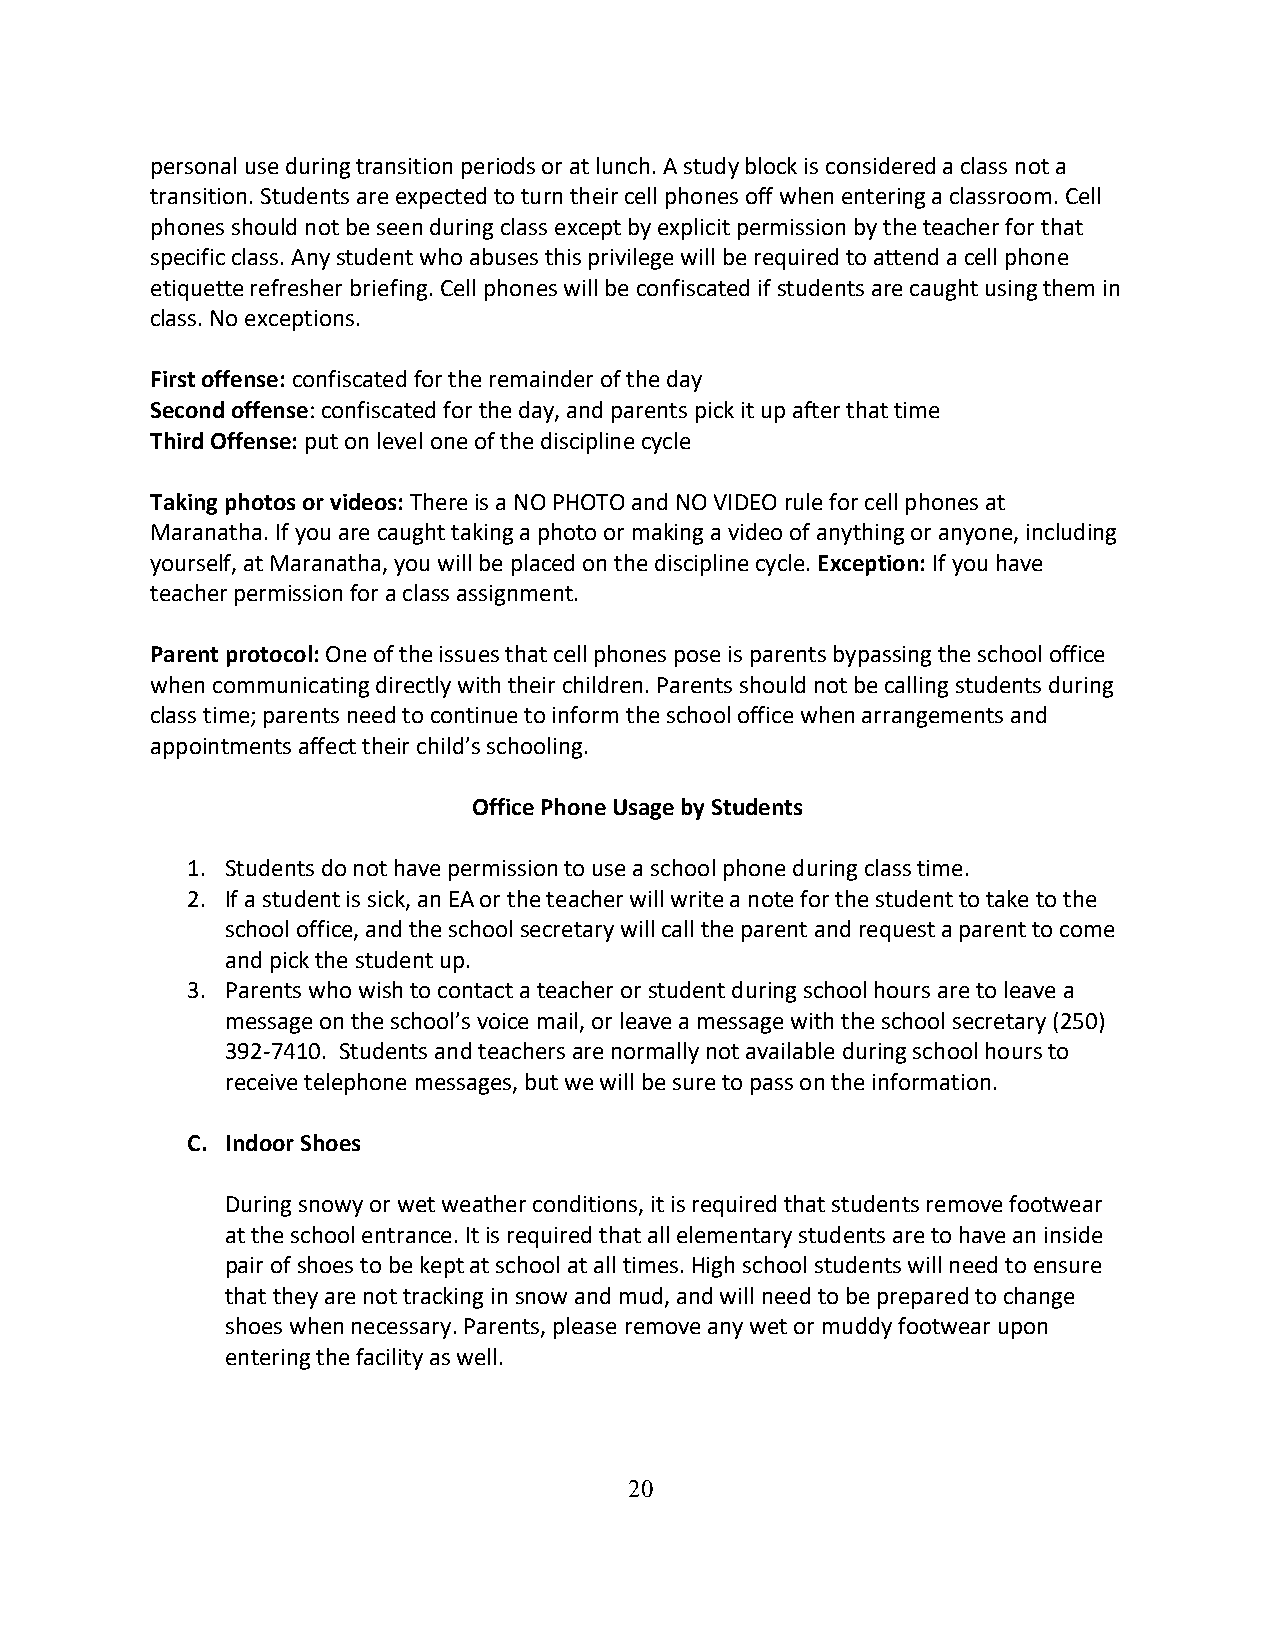
personal use during transition periods or at lunch. A study block is considered a class not a
 transition. Students are expected to turn their cell phones off when entering a classroom. Cell
 phones should not be seen during class except by explicit permission by the teacher for that
 specific class. Any student who abuses this privilege will be required to attend a cell phone
 etiquette refresher briefing. Cell phones will be confiscated if students are caught using them in
 class. No exceptions.
 First offense: confiscated for the remainder of the day
 Second offense: confiscated for the day, and parents pick it up after that time
 Third Offense: put on level one of the discipline cycle
 Taking photos or videos: There is a NO PHOTO and NO VIDEO rule for cell phones at
 Maranatha. If you are caught taking a photo or making a video of anything or anyone, including
 yourself, at Maranatha, you will be placed on the discipline cycle. Exception: If you have
 teacher permission for a class assignment.
 Parent protocol: One of the issues that cell phones pose is parents bypassing the school office
 when communicating directly with their children. Parents should not be calling students during
 class time; parents need to continue to inform the school office when arrangements and
 appointments affect their child’s schooling.
 Office Phone Usage by Students
 1. Students do not have permission to use a school phone during class time.
 2. If a student is sick, an EA or the teacher will write a note for the student to take to the
 school office, and the school secretary will call the parent and request a parent to come
 and pick the student up.
 3. Parents who wish to contact a teacher or student during school hours are to leave a
 message on the school’s voice mail, or leave a message with the school secretary (250)
 392-7410. Students and teachers are normally not available during school hours to
 receive telephone messages, but we will be sure to pass on the information.
 C. Indoor Shoes
 During snowy or wet weather conditions, it is required that students remove footwear
 at the school entrance. It is required that all elementary students are to have an inside
 pair of shoes to be kept at school at all times. High school students will need to ensure
 that they are not tracking in snow and mud, and will need to be prepared to change
 shoes when necessary. Parents, please remove any wet or muddy footwear upon
 entering the facility as well.
 20